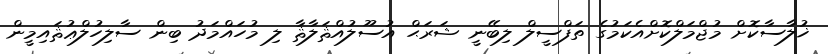
ޚުލާސާކޮށް މުޖްމަލްކޮށްއެކަމުގެ ތަފްސީލް ލިބޭނީ ޝަރަޙް އުސޫލުއްޘަލާޘާ ލި މުހައްމަދު ބިން ސާލިހުލްޢުޘައިމީން